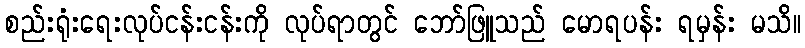
စည်းရုံးရေးလုပ်ငန်းငန်းကို လုပ်ရာတွင် ဘော်ဖြူသည် မောရပန်း ရမှန်း မသိ။